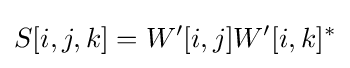
S[i,j,k]=W'[i,j]W'[i,k]^{*}